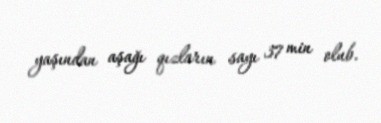
yaşından aşağı qızların sayı 37 min olub.